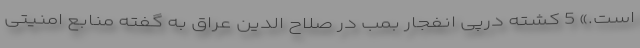
است.» 5 کشته درپی انفجار بمب در صلاح الدین عراق به گفته منابع امنیتی